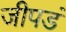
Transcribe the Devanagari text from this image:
जीपडं